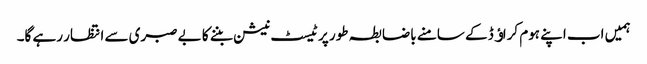
ہمیں اب اپنے ہوم کراﺅڈ کے سامنے باضابطہ طور پر ٹیسٹ نیشن بننے کا بے صبری سے انتظار رہے گا۔